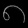
Digit: ၈